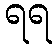
ရရ